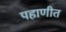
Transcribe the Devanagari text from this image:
पहाणीत